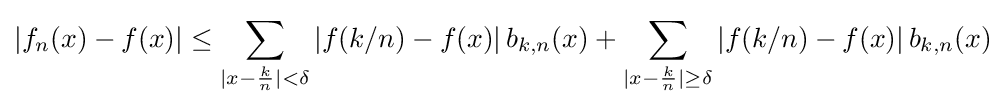
|f_{n}(x)-f(x)|\leq \sum _{|x-{k \over n}|<\delta }|f(k/n)-f(x)|\,b_{k,n}(x)+\sum _{|x-{k \over n}|\geq \delta }|f(k/n)-f(x)|\,b_{k,n}(x)